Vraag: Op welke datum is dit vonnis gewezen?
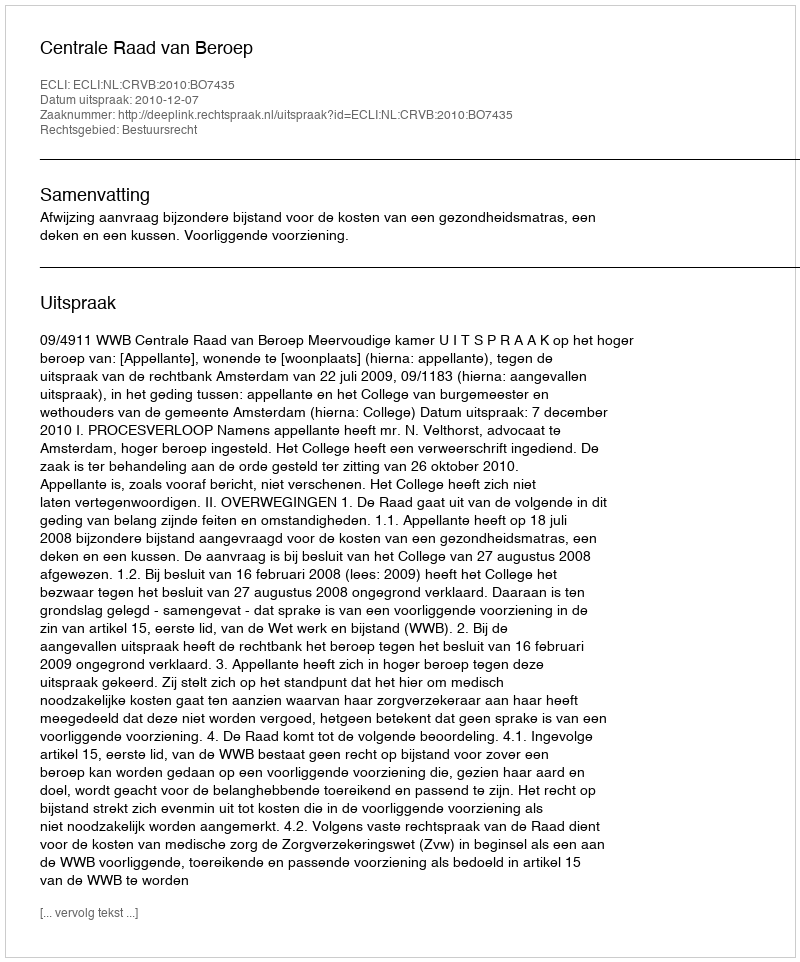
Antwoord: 2010-12-07